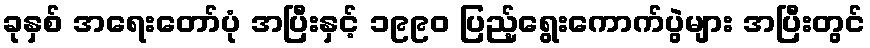
ခုနှစ် အရေးတော်ပုံ အပြီးနှင့် ၁၉၉၀ ပြည့်ရွေးကောက်ပွဲများ အပြီးတွင်